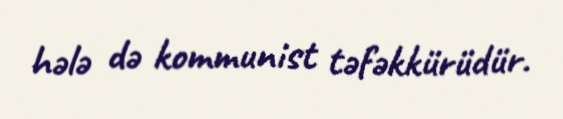
hələ də kommunist təfəkkürüdür.